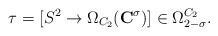
LaTeX: \begin{align*}\tau = [ S^2 \to \Omega_{C_2}(\mathbf{C}^\sigma)] \in \Omega^{C_2}_{2-\sigma}.\end{align*}